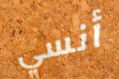
أنسي